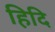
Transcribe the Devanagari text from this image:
हिदि